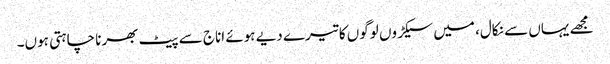
مجھے یہاں سے نکال، میں سیکڑوں لوگوں کا تیرے دیے ہوئے اناج سے پیٹ بھرنا چاہتی ہوں۔